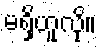
မရှိဟူလို။